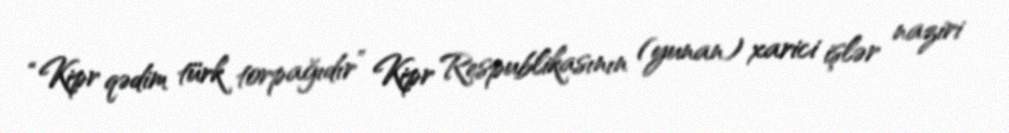
“Kipr qədim türk torpağıdır” Kipr Respublikasının (yunan) xarici işlər naziri